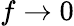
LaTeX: f\rightarrow 0